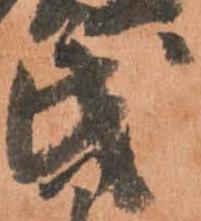
民